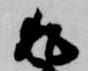
返